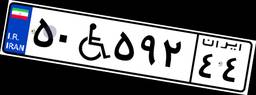
۶۹W۷۱۷۲۳